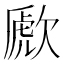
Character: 歋